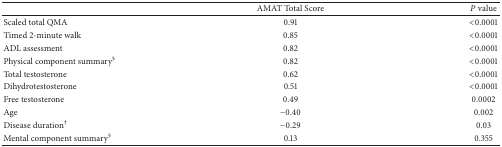
<table><thead><tr><td><b> </b></td><td><b>AMAT Total Score</b></td><td><b><i>P</i> value</b></td></tr></thead><tbody><tr><td>Scaled total QMA</td><td>0.91</td><td>&lt;0.0001</td></tr><tr><td>Timed 2-minute walk</td><td>0.85</td><td>&lt;0.0001</td></tr><tr><td>ADL assessment</td><td>0.82</td><td>&lt;0.0001</td></tr><tr><td>Physical component summary<sup>§</sup></td><td>0.82 </td><td>&lt;0.0001</td></tr><tr><td>Total testosterone</td><td>0.62</td><td>&lt;0.0001</td></tr><tr><td>Dihydrotestosterone</td><td>0.51</td><td>&lt;0.0001</td></tr><tr><td>Free testosterone</td><td>0.49</td><td>0.0002</td></tr><tr><td>Age</td><td>−0.40</td><td>0.002</td></tr><tr><td>Disease duration<sup>†</sup></td><td>−0.29</td><td>0.03</td></tr><tr><td>Mental component summary<sup>§</sup></td><td>0.13 </td><td>0.355</td></tr></tbody></table>